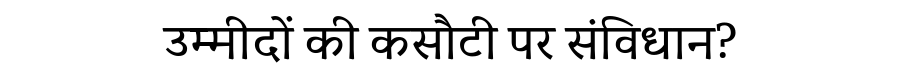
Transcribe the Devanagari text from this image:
उम्मीदों की कसौटी पर संविधान?